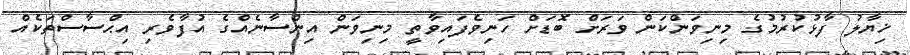
ޚިޔާލު ފާޅުކުރުމުގެ މިނިވަންކަން ވަރަށް ބޮޑަށް ހަނިވެފައިވާތީ މިނިވަން އިންސާނެއްގެ އުފާވެރި އިޙްސާސްތަކެއް